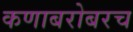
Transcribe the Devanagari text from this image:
कणाबरोबरच